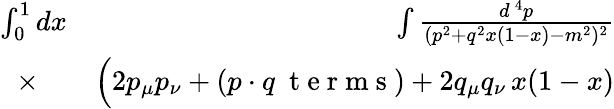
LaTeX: \begin{array}{rlr}{\int_{0}^{1}dx\! \! \! \! \! \! }&{{}}&{\int{\frac{d^{\, 4}p}{(p^{2}+q^{2}x(1-x)-m^{2})^{2}}}}\\ {\times}&{{}}&{\Big(2p_{\mu}p_{\nu}+(p\cdot q\mathrm{~\ t~e~r~m~s~})+2q_{\mu}q_{\nu}\, x(1-x)}\end{array}